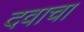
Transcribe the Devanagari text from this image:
दवाचा